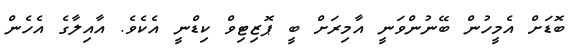
ބޮޑަށް އެމީހުން ބޭނުންވަނީ އާމިރަށް ބީ ޕޮޒިޓިވް ކިޑްނީ އެކެވެ. އާއިލާގެ އެހެން